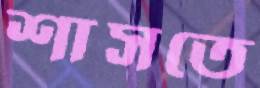
শাসতে